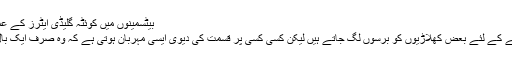
بیٹسمینوں میں کوئٹہ گلیڈی ایٹرز کے عمر اکمل اور بولرز میں لاہور قلندرز […]
کرکٹ کی دنیا میں خود کو متعارف کرانے کے لئے بعض کھلاڑیوں کو برسوں لگ جاتے ہیں لیکن کسی کسی پر قسمت کی دیوی ایسی مہربان ہوتی ہے کہ وہ صرف ایک بال ہی اُس کو راتوں رات اسٹار بنادیتی ہے۔